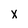
Character: x